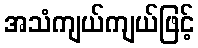
အသံကျယ်ကျယ်ဖြင့်